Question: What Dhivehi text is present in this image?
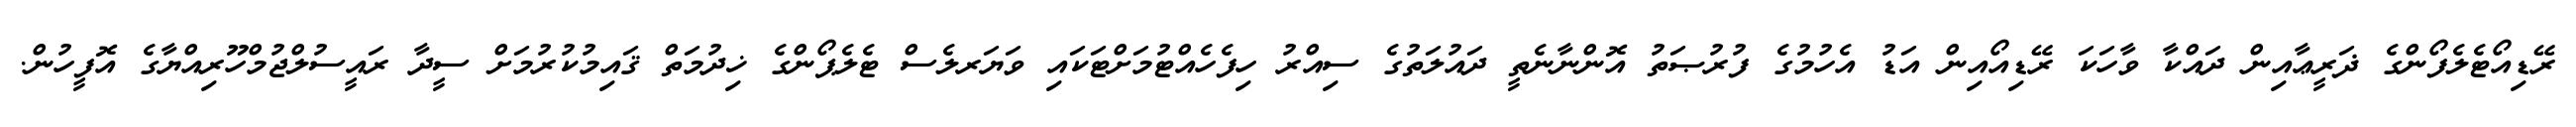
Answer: ރޭޑިއޯޓެލެފޯންގެ ޛަރީޢާއިން ދައްކާ ވާހަކަ ރޭޑިއޯއިން އަޑު އެހުމުގެ ފުރުޞަތު އޮންނާނެތީ ދައުލަތުގެ ސިއްރު ހިފެހެއްޓުމަށްޓަކައި ވަޔަރލެސް ޓެލެޕޯންގެ ޚިދުމަތް ޤައިމުކުރުމަށް ސީދާ ރައީސުލްޖުމްހޫރިއްޔާގެ އޮފީހުން.